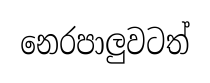
නෙරපාලුවටත්